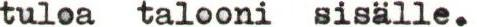
tuloa talooni sisälle.